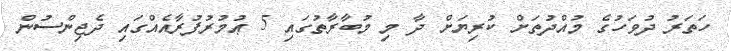
ހަތަރު ދުވަހުގެ މުއްދުތަށް ކުރިޔަށް ދާ މި މުބާރާތުގައި 5 ޢުމުރުފުރާއެއްގައި ދެޖިންސުން